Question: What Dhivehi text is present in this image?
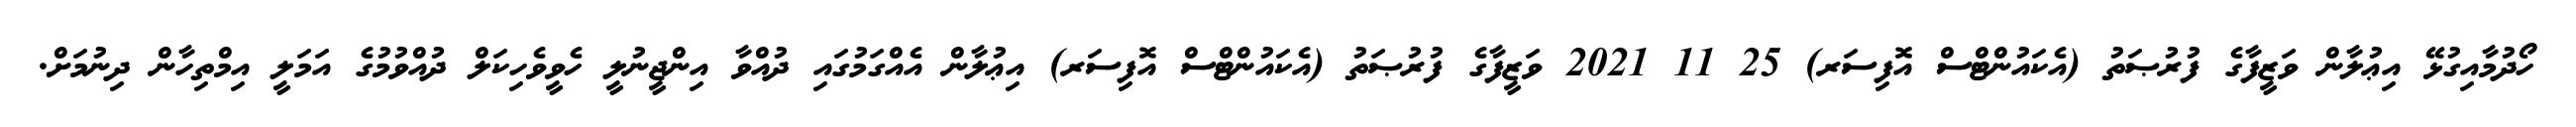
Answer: ހޯދުމާއިގުޅޭ އިޢުލާން ވަޒީފާގެ ފުރުޞަތު (އެކައުންޓްސް އޮފިސަރ) 25 11 2021 ވަޒީފާގެ ފުރުޞަތު (އެކައުންޓްސް އޮފިސަރ) އިޢުލާން އެއްގަމުގައި ދުއްވާ އިންޖީނުލީ ހެވީވެހިކަލް ދުއްވުމުގެ އަމަލީ އިމްތިހާން ދިނުމަށް.